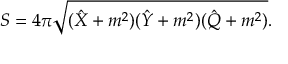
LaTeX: S = 4 \pi \sqrt { ( \hat { X } + m ^ { 2 } ) ( \hat { Y } + m ^ { 2 } ) ( \hat { Q } + m ^ { 2 } ) } .